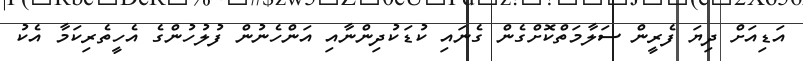
އަޑިއަށް ދިޔަ ފެރީން ސަލާމަތްކޮށްގެން ގެނައި ކުޑަކުދިންނާއި އަންހެނުން ފުލުހުންގެ އެހީތެރިކަމާ އެކު